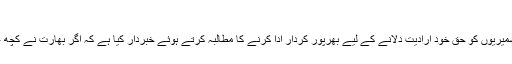
یہ بات پی ٹی اے نے [..]مزید پڑھیں
وزیراعظم عمران خان نے اقوام متحدہ میں اپنے خطاب میں عالمی برادری کو کشمیریوں کو حق خود ارادیت دلانے کے لیے بھرپور کردار ادا کرنے کا مطالبہ کرتے ہوئے خبردار کیا ہے کہ اگر بھارت نے کچھ غلط کیا تو ہم آخر تک لڑیں گے اور اس کے نتائج سوچ سے کہیں زیادہ ہوں گے۔